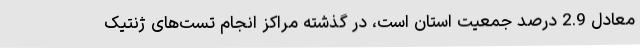
معادل 2.9 درصد جمعیت استان است، در گذشته مراکز انجام تست‌های ژنتیک